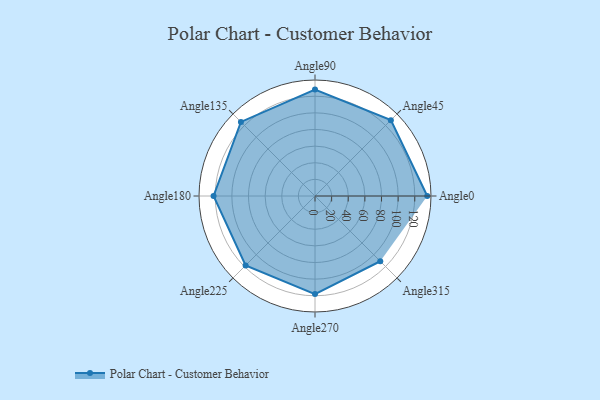
{"axis": {"x": "Angle", "y": "Radius"}, "legend": [""], "data": [{"x": "Angle0", "y": 135.0, "type": ""}, {"x": "Angle45", "y": 129.0, "type": ""}, {"x": "Angle90", "y": 128.0, "type": ""}, {"x": "Angle135", "y": 126.0, "type": ""}, {"x": "Angle180", "y": 122.0, "type": ""}, {"x": "Angle225", "y": 118.0, "type": ""}, {"x": "Angle270", "y": 118.0, "type": ""}, {"x": "Angle315", "y": 111.0, "type": ""}]}